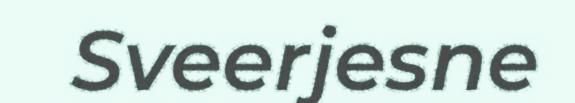
Sveerjesne